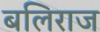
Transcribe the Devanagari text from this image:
बलिराज